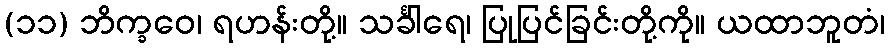
(၁၁) ဘိက္ခဝေ၊ ရဟန်းတို့။ သင်္ခါရေ၊ ပြုပြင်ခြင်းတို့ကို။ ယထာဘူတံ၊